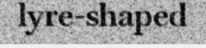
lyre-shaped